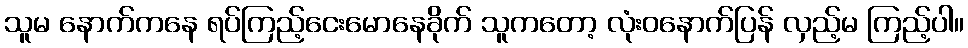
သူမ နောက်ကနေ ရပ်ကြည့်ငေးမောနေခိုက် သူကတော့ လုံးဝနောက်ပြန် လှည့်မ ကြည့်ပါ။